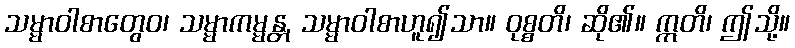
သမ္မာဝါစာတွေဝ၊ သမ္မာကမ္မန္တ, သမ္မာဝါစာဟူ၍သာ။ ဝုစ္စတိ၊ ဆို၏။ ဣတိ၊ ဤသို့။